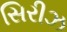
સિરીઝ